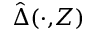
\hat { \Delta } ( \cdot , \! Z )